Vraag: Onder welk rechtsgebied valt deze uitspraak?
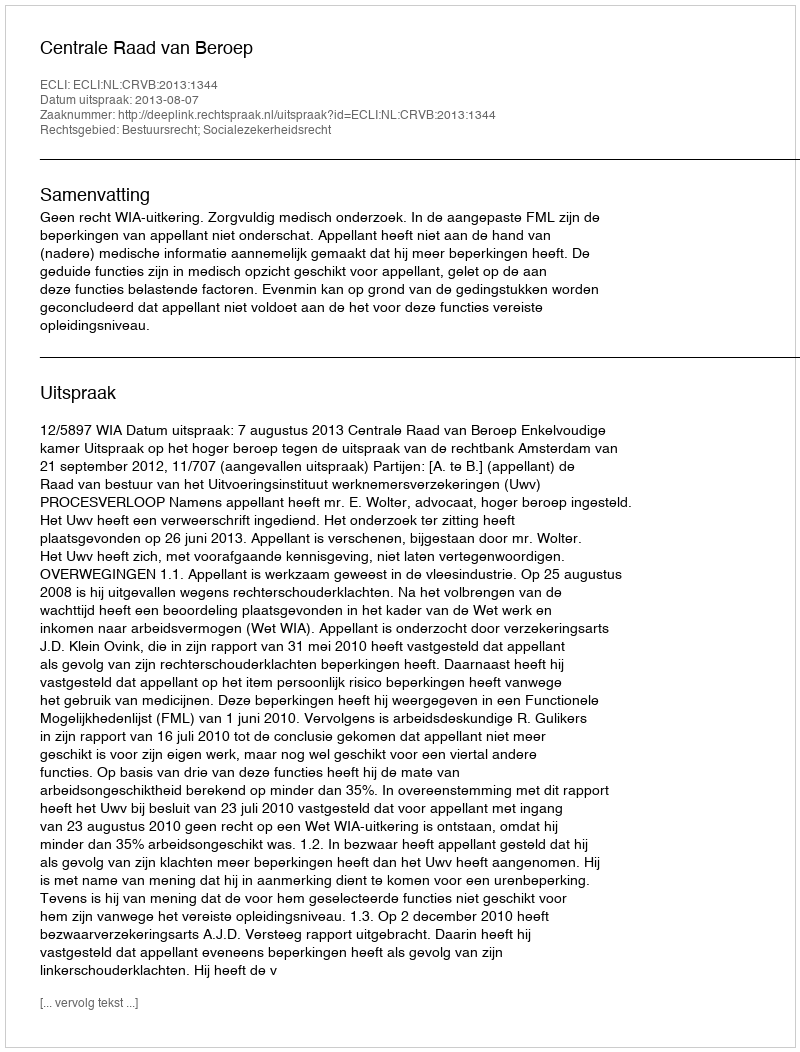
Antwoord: Bestuursrecht; Socialezekerheidsrecht